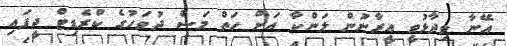
އޭނާ ވިދާޅުވީ އީރާނުން ލަންކާ އަށް ހަތް މަސް ދުވަހުގެ ކްރެޑިޓް ދީފައި